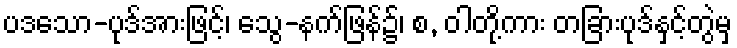
ပဒသော-ပုဒ်အားဖြင့်၊ သွေ-နက်ဖြန်၌၊ စ, ဝါတို့ကား တခြားပုဒ်နှင့်တွဲမှ